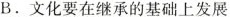
B. 文化要在继承的基础上发展